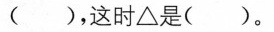
( )，这时 △ 是( )。